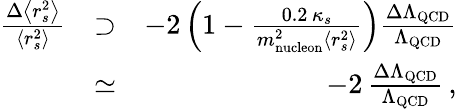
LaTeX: \begin{array}{rlr}{\frac{\Delta\left<r_{s}^{2}\right>}{\left<r_{s}^{2}\right>}}&{\supset}&{-2\left(1-\frac{0.2\, \kappa_{s}}{m_{\mathrm{nucleon}}^{2}\left<r_{s}^{2}\right>}\right)\frac{\Delta\Lambda_{\mathrm{QCD}}}{\Lambda_{\mathrm{QCD}}}}\\ &{\simeq}&{-2\, \frac{\Delta\Lambda_{\mathrm{QCD}}}{\Lambda_{\mathrm{QCD}}}\, ,}\end{array}